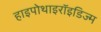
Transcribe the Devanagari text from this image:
हाइपोथाइरॉइडिज्म